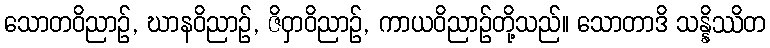
သောတဝိညာဉ်, ဃာနဝိညာဉ်, ဇိဝှာဝိညာဉ်, ကာယဝိညာဉ်တို့သည်။ သောတာဒိ သန္နိဿိတ